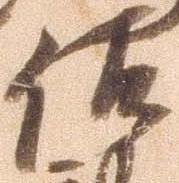
佐